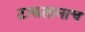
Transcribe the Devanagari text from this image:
टाकतानाच